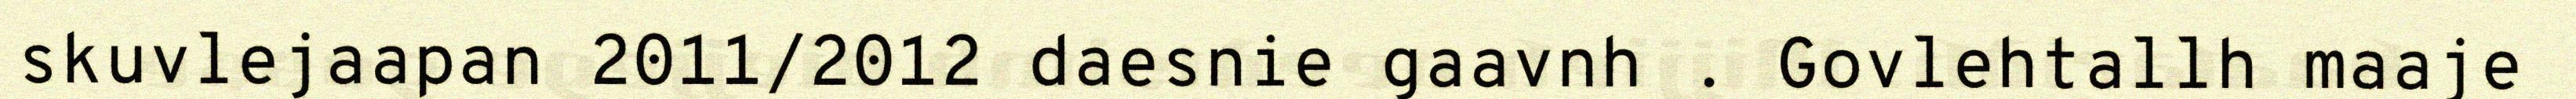
skuvlejaapan 2011/2012 daesnie gaavnh . Govlehtallh maaje